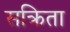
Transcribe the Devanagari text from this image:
सक्रिता